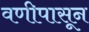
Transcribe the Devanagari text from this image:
वणीपासून